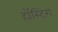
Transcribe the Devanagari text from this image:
हॉस्टिंग